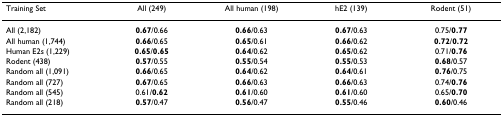
| Training Set | All (249) | All human (198) | hE2 (139) | Rodent (51) |
 | --- | --- | --- | --- | --- |
 | All (2,182) | 0.67/0.66 | 0.66/0.63 | 0.67/0.63 | 0.75/0.77 |
 | All human (1,744) | 0.66/0.65 | 0.65/0.61 | 0.66/0.62 | 0.72/0.72 |
 | Human E2s (1,229) | 0.65/0.65 | 0.64/0.62 | 0.65/0.62 | 0.71/0.76 |
 | Rodent (438) | 0.57/0.55 | 0.55/0.54 | 0.55/0.53 | 0.68/0.57 |
 | Random all (1,091) | 0.66/0.65 | 0.64/0.62 | 0.64/0.61 | 0.76/0.75 |
 | Random all (727) | 0.67/0.65 | 0.66/0.63 | 0.66/0.63 | 0.74/0.76 |
 | Random all (545) | 0.61/0.62 | 0.61/0.60 | 0.61/0.60 | 0.65/0.70 |
 | Random all (218) | 0.57/0.47 | 0.56/0.47 | 0.55/0.46 | 0.60/0.46 |